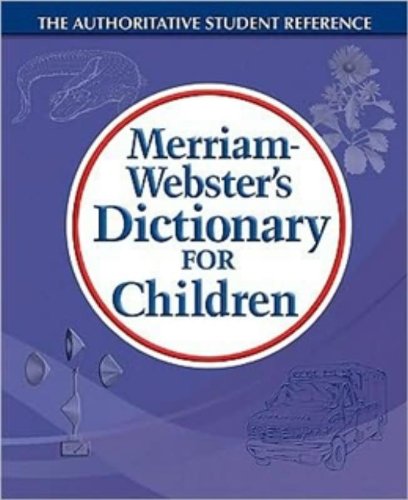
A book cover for Merriam-Webster's Dictionary for Children; Merriam-Webster; Reference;